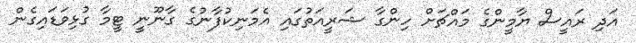
އަދި ރައީސް ޔާމީންގެ މައްޗަށް ހިންގާ ޝަރީއަތުގައި އެމަނިކުފާނުގެ ގާނޫނީ ޓީމާ ގުޅިވަޑައިގެން